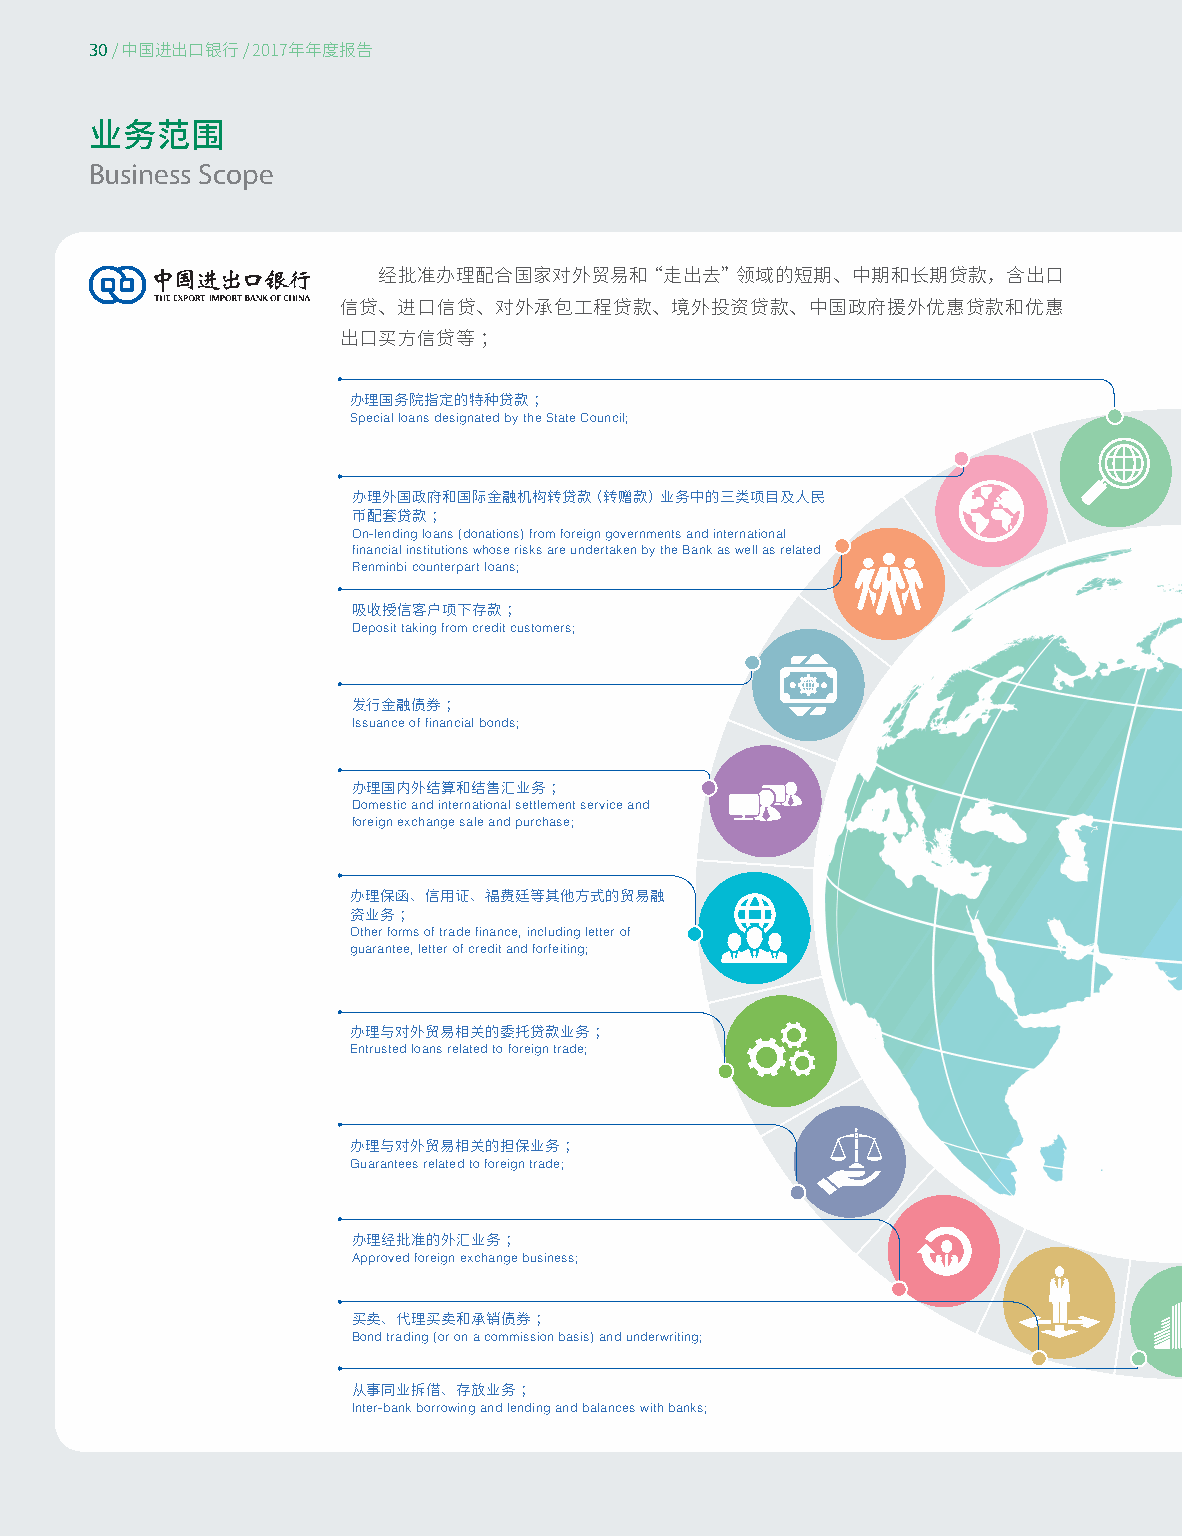
30
 / 中国进出口银行/ 2017年年度报告
 业务范围
 Business Scope
 经批准办理配合国家对外贸易和“走出去”领域的短期、中期和长期贷款，含出口
 信贷、进口信贷、对外承包工程贷款、境外投资贷款、中国政府援外优惠贷款和优惠
 出口买方信贷等；
 办理国务院指定的特种贷款；
 Special loans designated by the State Council;
 办理外国政府和国际金融机构转贷款（转赠款）业务中的三类项目及人民
 币配套贷款；
 On-lending loans (donations) from foreign governments and international
 financial institutions whose risks are undertaken by the Bank as well as related
 Renminbi counterpart loans;
 吸收授信客户项下存款；
 Deposit taking from credit customers;
 发行金融债券；
 Issuance of financial bonds;
 办理国内外结算和结售汇业务；
 Domestic and international settlement service and
 foreign exchange sale and purchase;
 办理保函、信用证、福费廷等其他方式的贸易融
 资业务；
 Other forms of trade finance, including letter of
 guarantee, letter of credit and forfeiting;
 办理与对外贸易相关的委托贷款业务；
 Entrusted loans related to foreign trade;
 办理与对外贸易相关的担保业务；
 Guarantees related to foreign trade;
 办理经批准的外汇业务；
 Approved foreign exchange business;
 买卖、代理买卖和承销债券；
 Bond trading (or on a commission basis) and underwriting;
 从事同业拆借、存放业务；
 Inter-bank borrowing and lending and balances with banks;